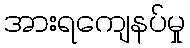
အားရကျေနပ်မှု